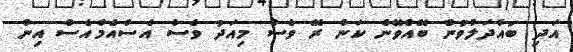
އަދި ބައްދަލުވުން ބޭއްވޭނެ ކަން ރޭ ވެސް މިއަދު ވެސް އެސްއެމްއެސް އިން